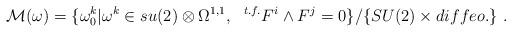
LaTeX: \begin{align*}{\cal M}(\omega) = \{ \omega_0^k \vert \omega^k \in su(2) \otimes\Omega^{1,1},~~ {}^{t.f.} F^i \wedge F^j =0 \} / \{ SU(2) \times diffeo. \} \ . \end{align*}